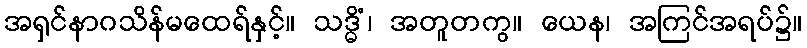
အရှင်နာဂသိန်မထေရ်နှင့်။ သဒ္ဓိံ၊ အတူတကွ။ ယေန၊ အကြင်အရပ်၌။